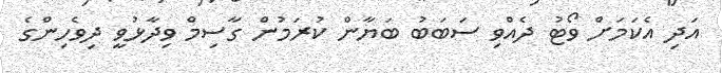
އަދި އެކަމަށް ވޯޓު ދެއްވި ސަބަބު ބަޔާން ކުރަމުން ގާސިމް ވިދާޅުވީ ދިވެހިންގެ